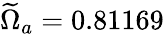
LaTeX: \widetilde{\Omega}_{a}=0.81169